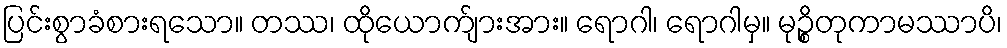
ပြင်းစွာခံစားရသော။ တဿ၊ ထိုယောက်ျားအား။ ရောဂါ၊ ရောဂါမှ။ မုဉ္စိတုကာမဿာပိ၊